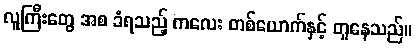
လူကြီးတွေ အစ ခံရသည့် ကလေး တစ်ယောက်နှင့် တူနေသည်။